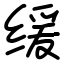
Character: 缓